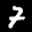
Label: 7